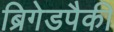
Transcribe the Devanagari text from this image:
ब्रिगेडपैकी